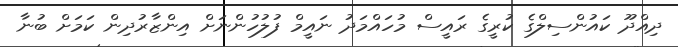
ދިއްދޫ ކައުންސިލްގެ ކުރީގެ ރައީސް މުހައްމަދު ނައީމް ފުލުހުންނަށް އިންޒާރުދިން ކަމަށް ބުނާ